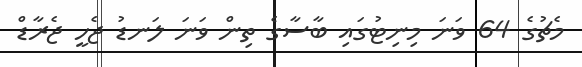
މެޗުގެ 64 ވަނަ މިނިޓުގައި ބާސާގެ ތިން ވަނަ ލަނޑު ޖެހީ ޖެރާޑް